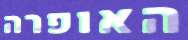
האופרה